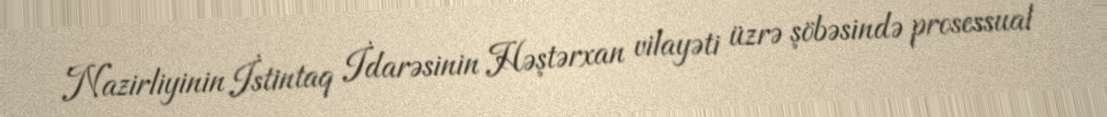
Nazirliyinin İstintaq İdarəsinin Həştərxan vilayəti üzrə şöbəsində prosessual